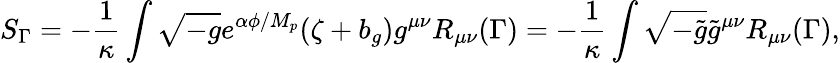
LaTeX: S_{\Gamma}=-\frac{1}{\kappa}\int\sqrt{-g}e^{\alpha\phi/M_{p}}(\zeta+b_{g})g^{\mu\nu}R_{\mu\nu}(\Gamma)=-\frac{1}{\kappa}\int\sqrt{-\tilde{g}}\tilde{g}^{\mu\nu}R_{\mu\nu}(\Gamma),